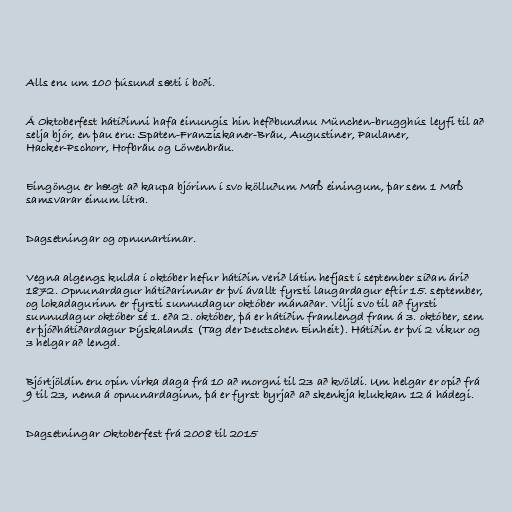
Alls eru um 100 þúsund sæti í boði.

Á Oktoberfest hátíðinni hafa einungis hin hefðbundnu München-brugghús leyfi til að
selja bjór, en þau eru: Spaten-Franziskaner-Bräu, Augustiner, Paulaner,
Hacker-Pschorr, Hofbräu og Löwenbräu.

Eingöngu er hægt að kaupa bjórinn í svo kölluðum Maß einingum, þar sem 1 Maß
samsvarar einum lítra.

Dagsetningar og opnunartímar.

Vegna algengs kulda í október hefur hátíðin verið látin hefjast í september síðan árið
1872. Opnunardagur hátíðarinnar er því ávallt fyrsti laugardagur eftir 15. september,
og lokadagurinn er fyrsti sunnudagur október mánaðar. Vilji svo til að fyrsti
sunnudagur október sé 1. eða 2. október, þá er hátíðin framlengd fram á 3. október, sem
er þjóðhátíðardagur Þýskalands (Tag der Deutschen Einheit). Hátíðin er því 2 vikur og
3 helgar að lengd.

Bjórtjöldin eru opin virka daga frá 10 að morgni til 23 að kvöldi. Um helgar er opið frá
9 til 23, nema á opnunardaginn, þá er fyrst byrjað að skenkja klukkan 12 á hádegi.

Dagsetningar Oktoberfest frá 2008 til 2015